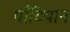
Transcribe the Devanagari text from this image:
पॉँटियान